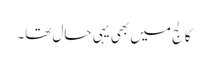
کالج میں بھی یہی حال تھا۔